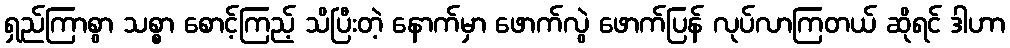
ရှည်ကြာစွာ သစ္စာ စောင့်ကြည့် သိပြီးတဲ့ နောက်မှာ ဖောက်လွဲ ဖောက်ပြန် လုပ်လာကြတယ် ဆိုရင် ဒါဟာ